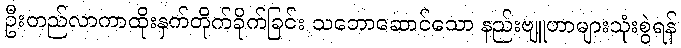
ဦးတည်လာကာထိုးနှက်တိုက်ခိုက်ခြင်း သဘောဆောင်သော နည်းဗျူဟာများသုံးစွဲရန်